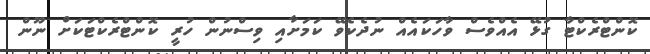
ކޮންޓްރެކްޓާ ގުޅޭ އެއްވެސް ވާހަކައެއް ނުދެކެވޭ ކަމަށާއި ވިސްނުން ހުރީ ކޮންޓްރެކްޓަކަށް ނޫން